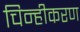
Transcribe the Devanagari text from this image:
चिन्हीकरण